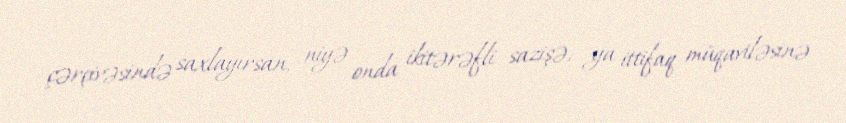
çərçivəsində saxlayırsan, niyə onda ikitərəfli sazişə, ya ittifaq müqaviləsinə